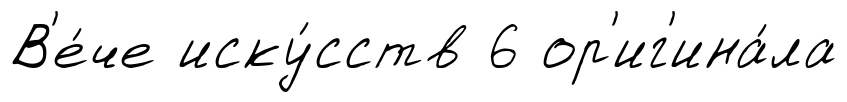
В'е́че иску́сств 6 ор'иг'ина́ла